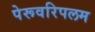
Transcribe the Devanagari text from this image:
पेरूवरिपलम